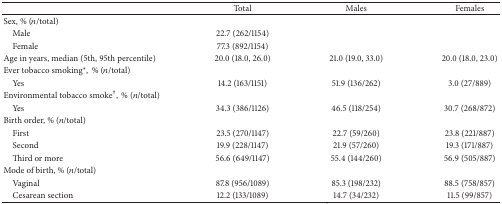
<table><thead><tr><td><b> </b></td><td><b>Total</b></td><td><b>Males</b></td><td><b>Females</b></td></tr></thead><tbody><tr><td>Sex, % (<i>n</i>/total)</td><td> </td><td> </td><td> </td></tr><tr><td> Male</td><td>22.7 (262/1154)</td><td> </td><td> </td></tr><tr><td> Female</td><td>77.3 (892/1154)</td><td> </td><td> </td></tr><tr><td>Age in years, median (5th, 95th percentile)</td><td>20.0 (18.0, 26.0)</td><td>21.0 (19.0, 33.0)</td><td>20.0 (18.0, 23.0)</td></tr><tr><td>Ever tobacco smoking<sup><i>∗</i></sup>, % (<i>n</i>/total)</td><td> </td><td> </td><td> </td></tr><tr><td> Yes</td><td>14.2 (163/1151)</td><td>51.9 (136/262)</td><td>3.0 (27/889)</td></tr><tr><td>Environmental tobacco smoke<sup>†</sup>, % (<i>n</i>/total)</td><td> </td><td> </td><td> </td></tr><tr><td> Yes</td><td>34.3 (386/1126)</td><td>46.5 (118/254)</td><td>30.7 (268/872)</td></tr><tr><td>Birth order, % (<i>n</i>/total)</td><td> </td><td> </td><td> </td></tr><tr><td> First</td><td>23.5 (270/1147)</td><td>22.7 (59/260)</td><td>23.8 (221/887)</td></tr><tr><td> Second</td><td>19.9 (228/1147)</td><td>21.9 (57/260)</td><td>19.3 (171/887)</td></tr><tr><td> Third or more</td><td>56.6 (649/1147)</td><td>55.4 (144/260)</td><td>56.9 (505/887)</td></tr><tr><td>Mode of birth, % (<i>n</i>/total)</td><td> </td><td> </td><td> </td></tr><tr><td> Vaginal</td><td>87.8 (956/1089)</td><td>85.3 (198/232)</td><td>88.5 (758/857)</td></tr><tr><td> Cesarean section</td><td>12.2 (133/1089)</td><td>14.7 (34/232)</td><td>11.5 (99/857)</td></tr></tbody></table>